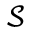
\mathcal { S }